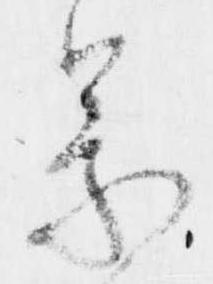
蒙